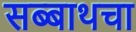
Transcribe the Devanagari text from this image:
सब्बाथचा